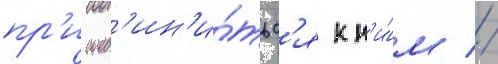
пр'исоед'ин'и́тьс'я к н'и́м //